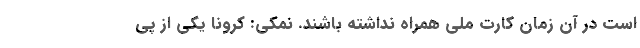
است در آن زمان کارت ملی همراه نداشته باشند. نمکی: کرونا یکی از پی